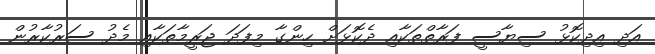
އަދި އިދިކޮޅު ސިޔާސީ ފަރާތްތަކާއި ދެކޮޅަށް ހިންގާ މިފަދަ ޖަރީމާތަކާއި މެދު ސަރުކާރުން